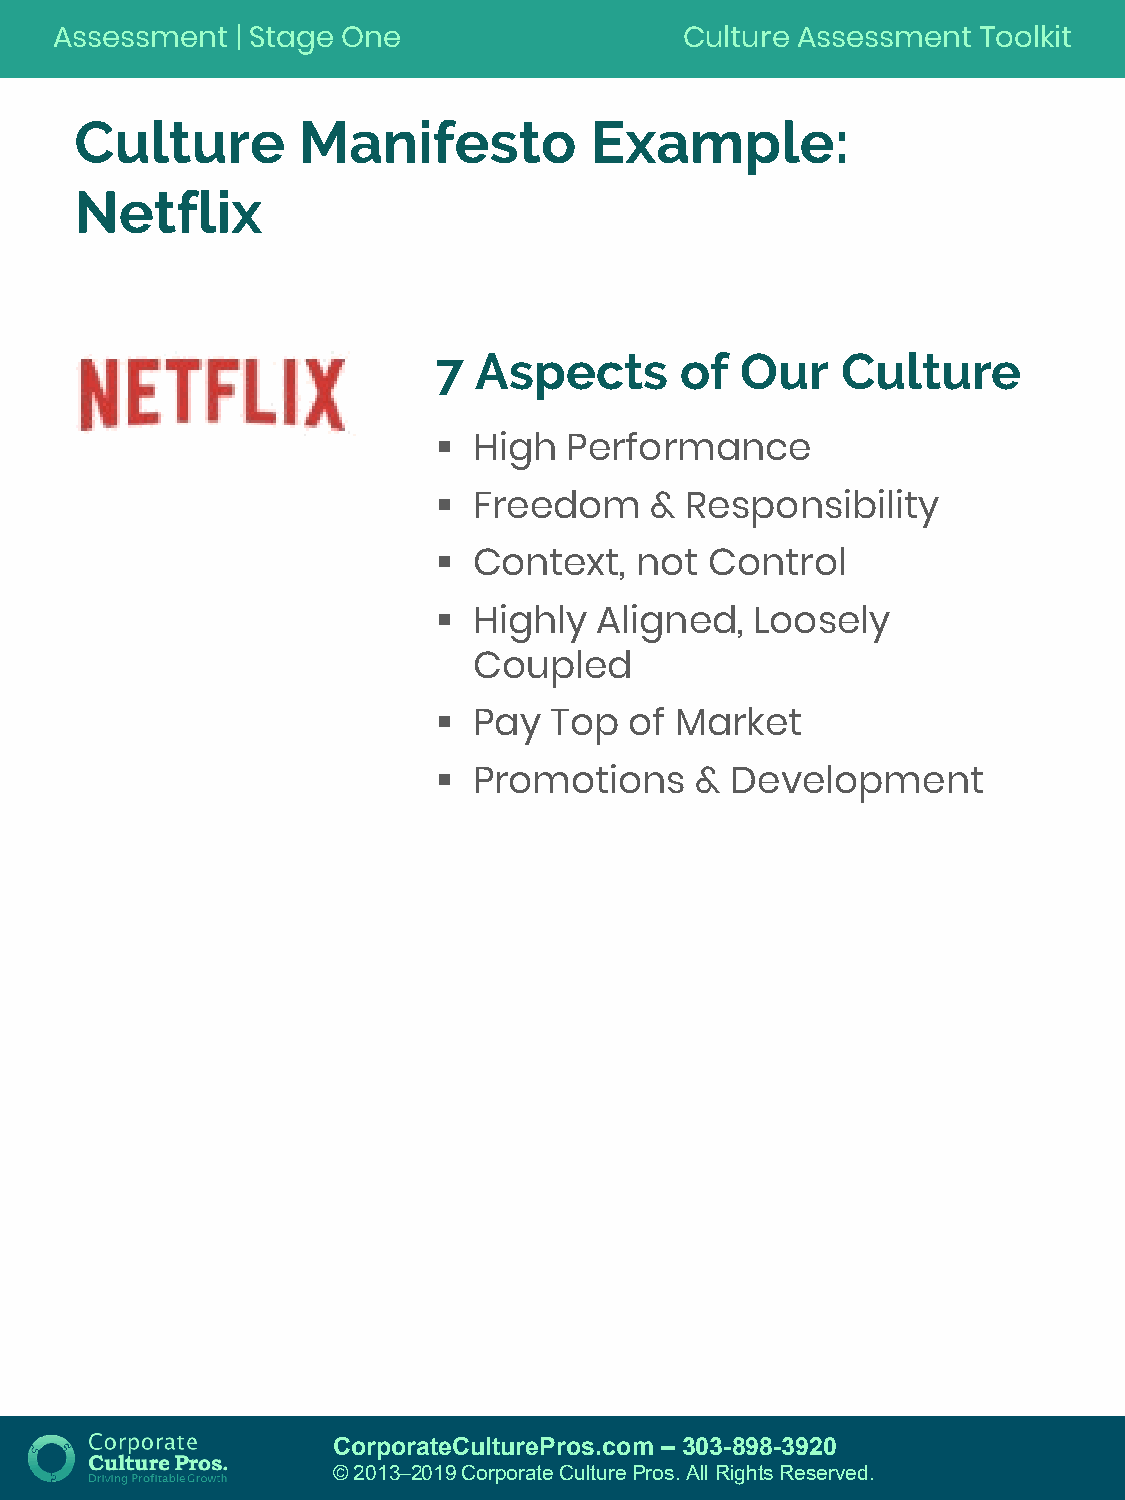
Assessment   | Stage One                  Culture Assessment  Toolkit
 Culture        Manifesto          Example:
 Netflix
 7 Aspects       of  Our    Culture
 
 High   Performance
 
 Freedom     & Responsibility
 
 Context,   not  Control
 
 Highly  Aligned,   Loosely
 Coupled
 
 Pay  Top   of Market
 
 Promotions     & Development
 CorporateCulturePros.com – 303-898-3920
 © 2013─2019 Corporate Culture Pros. All Rights Reserved.